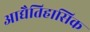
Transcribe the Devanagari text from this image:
आद्यैतिहासिक